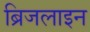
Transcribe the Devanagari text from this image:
ब्रिजलाइन